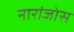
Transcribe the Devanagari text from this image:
नारांजोस